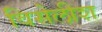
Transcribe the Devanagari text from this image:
विसेलीश